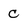
Character: c